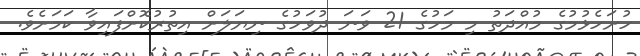
ހުށަހެޅުމުގެ މުއްދަތު މި މަހުގެ 21 ވަނަ ދުވަހުގެ ނިޔަލަށް އިތުރުކޮށްފައިވާ ކަމަށެވެ.